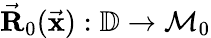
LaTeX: \vec{\mathbf R}_{0}(\vec{\mathbf x}):\mathbb{D}\rightarrow\mathcal{M}_{0}